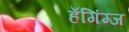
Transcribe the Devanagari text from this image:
हँगिंग्ज